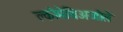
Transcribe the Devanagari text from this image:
क्लोमेथिअजोले